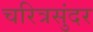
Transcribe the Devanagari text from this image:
चरित्रसुंदर